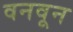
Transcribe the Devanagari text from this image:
वनवून